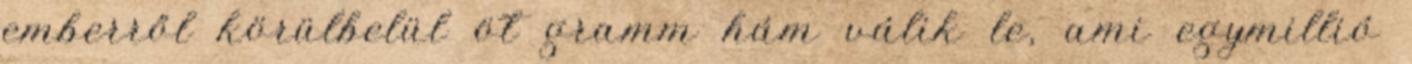
emberről körülbelül öt gramm hám válik le, ami egymillió